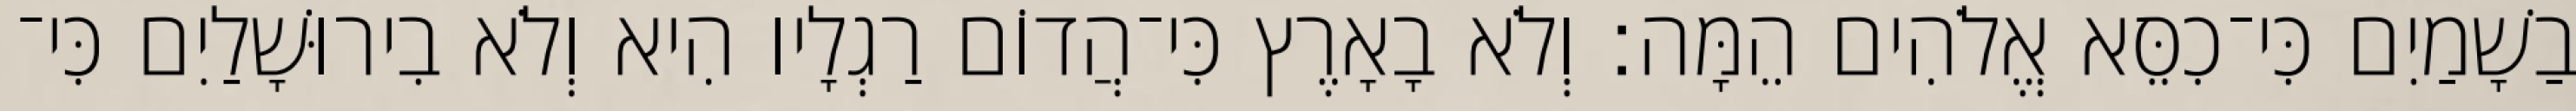
בַשָׁמַיִם כִּי־כִסֵּא אֱלֹהִים הֵמָּה׃ וְלֹא בָאָרֶץ כִּי־הֲדוֹם רַגְלָיו הִיא וְלֹא בִירוּשָׁלַיִם כִּי־